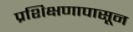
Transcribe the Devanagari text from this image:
प्रशिक्षणापासून